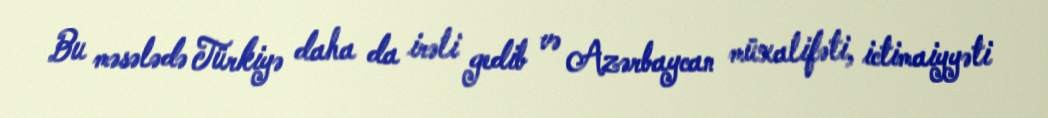
Bu məsələdə Türkiyə daha da irəli gedib və Azərbaycan müxalifəti, ictimaiyyəti